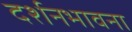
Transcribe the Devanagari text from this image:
दर्शनभावना